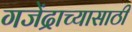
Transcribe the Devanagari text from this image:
गजेंद्राच्यासाठी